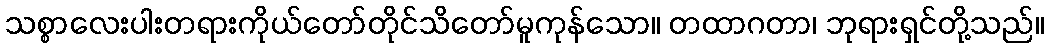
သစ္စာလေးပါးတရားကိုယ်တော်တိုင်သိတော်မူကုန်သော။ တထာဂတာ၊ ဘုရားရှင်တို့သည်။